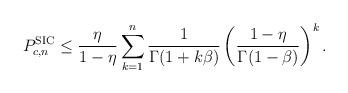
LaTeX: \begin{align*}P_{c,n}^\textnormal{SIC}\leq \frac{\eta}{1-\eta}\sum_{k=1}^n \frac{1}{\Gamma(1+k\beta)}\left(\frac{1-\eta}{\Gamma(1-\beta)}\right)^k.\end{align*}